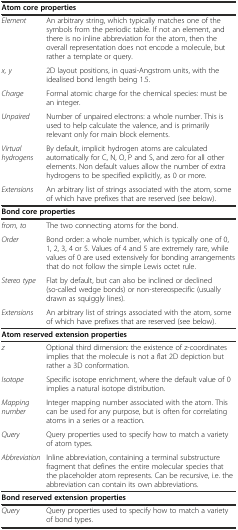
| <COLSPAN=2> Atom core properties |
 | --- | --- |
 | Element | An arbitrary string, which typically matches one of the symbols from the periodic table. If not an element, and there is no inline abbreviation for the atom, then the overall representation does not encode a molecule, but rather a template or query. |
 | x, y | 2D layout positions, in quasi-Angstrom units, with the idealised bond length being 1.5. |
 | Charge | Formal atomic charge for the chemical species: must be an integer. |
 | Unpaired | Number of unpaired electrons: a whole number. This is used to help calculate the valence, and is primarily relevant only for main block elements. |
 | Virtual hydrogens | By default, implicit hydrogen atoms are calculated automatically for C, N, O, P and S, and zero for all other elements. Non default values allow the number of extra hydrogens to be specified explicitly, as 0 or more. |
 | Extensions | An arbitrary list of strings associated with the atom, some of which have prefixes that are reserved (see below). |
 | <COLSPAN=2> Bond core properties |
 | from, to | The two connecting atoms for the bond. |
 | Order | Bond order: a whole number, which is typically one of 0, 1, 2, 3, 4 or 5. Values of 4 and 5 are extremely rare, while values of 0 are used extensively for bonding arrangements that do not follow the simple Lewis octet rule. |
 | Stereo type | Flat by default, but can also be inclined or declined (so-called wedge bonds) or non-stereospecific (usually drawn as squiggly lines). |
 | Extensions | An arbitrary list of strings associated with the atom, some of which have prefixes that are reserved (see below). |
 | <COLSPAN=2> Atom reserved extension properties |
 | z | Optional third dimension: the existence of z-coordinates implies that the molecule is not a flat 2D depiction but rather a 3D conformation. |
 | Isotope | Specific isotope enrichment, where the default value of 0 implies a natural isotope distribution. |
 | Mapping number | Integer mapping number associated with the atom. This can be used for any purpose, but is often for correlating atoms in a series or a reaction. |
 | Query | Query properties used to specify how to match a variety of atom types. |
 | Abbreviation | Inline abbreviation, containing a terminal substructure fragment that defines the entire molecular species that the placeholder atom represents. Can be recursive, i.e. the abbreviation can contain its own abbreviations. |
 | <COLSPAN=2> Bond reserved extension properties |
 | Query | Query properties used to specify how to match a variety of bond types. |